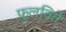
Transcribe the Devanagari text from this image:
फुलविते